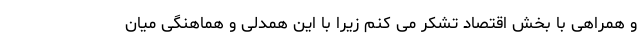
و همراهی با بخش اقتصاد تشکر می کنم زیرا با این همدلی و هماهنگی میان